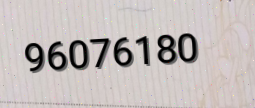
96076180